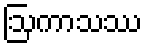
ဩကာသဿ